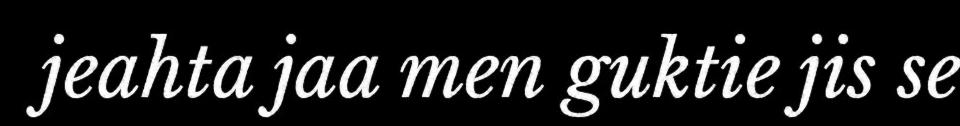
jeahta jaa men guktie jis se